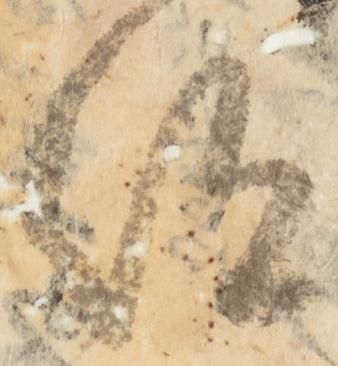
仰